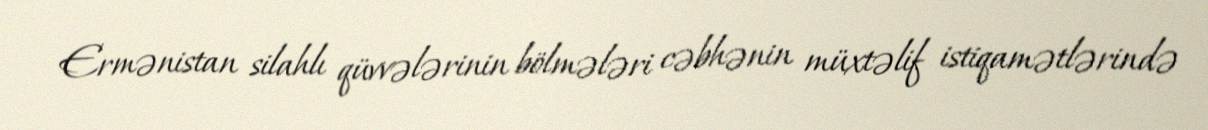
Ermənistan silahlı qüvvələrinin bölmələri cəbhənin müxtəlif istiqamətlərində